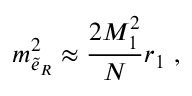
m _ { \tilde { e } _ { R } } ^ { 2 } \approx \frac { 2 M _ { 1 } ^ { 2 } } { N } r _ { 1 } \ ,